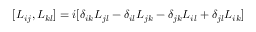
[ L _ { i j } , L _ { k l } ] = i [ \delta _ { i k } L _ { j l } - \delta _ { i l } L _ { j k } - \delta _ { j k } L _ { i l } + \delta _ { j l } L _ { i k } ]